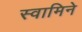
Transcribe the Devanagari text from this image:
स्वामिने